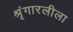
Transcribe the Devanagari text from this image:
श्रृंगारलीला